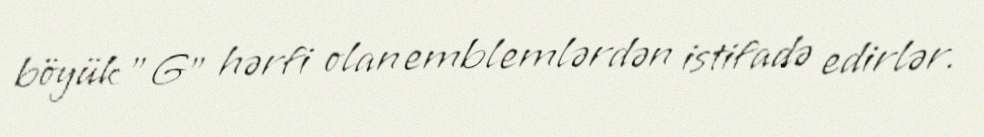
böyük "G" hərfi olan emblemlərdən istifadə edirlər.